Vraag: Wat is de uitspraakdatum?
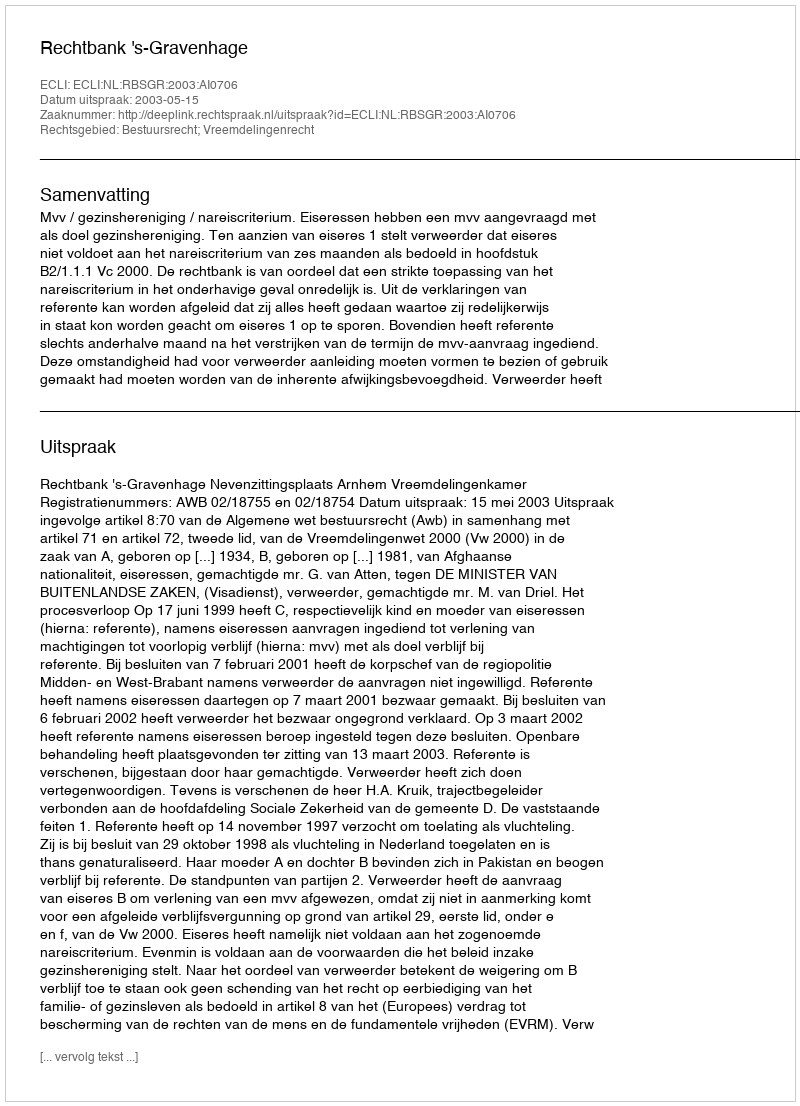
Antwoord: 2003-05-15